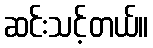
ဆင်းသင့်တယ်။